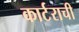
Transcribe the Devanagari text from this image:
कार्टराची